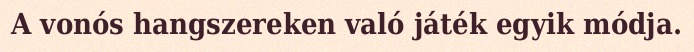
A vonós hangszereken való játék egyik módja.